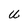
Character: U